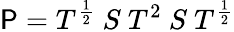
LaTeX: \mathsf{P}=T^{\frac{{1}}{{2}}}\ S\ T^{2}\ S\ T^{\frac{{1}}{{2}}}